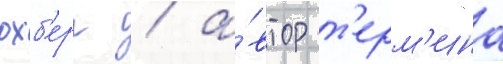
охб'ерг / а́втор т'ерм'ина